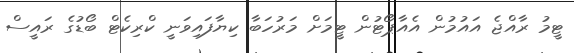
ޓީމު ރާއްޖެ އައުމުން އެއާޕޯޓުން ޓީމަށް މަރުހަބާ ކިޔާފައިވަނީ ކްރިކެޓް ބޯޑުގެ ރައީސް